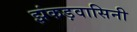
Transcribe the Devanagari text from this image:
झंकड़वासिनी